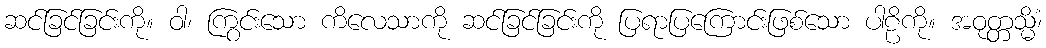
ဆင်ခြင်ခြင်းကို။ ဝါ၊ ကြွင်းသော ကိလေသာကို ဆင်ခြင်ခြင်းကို ပြရာပြကြောင်းဖြစ်သော ပါဠိကို။ အဝုတ္တသ္မိံ၊